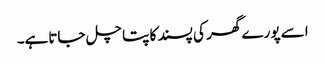
اسے پورے گھر کی پسند کا پتا چل جاتاہے۔